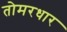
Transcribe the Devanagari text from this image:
तोमरधार